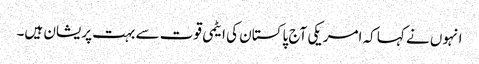
انہوں نے کہا کہ امریکی آج پاکستان کی ایٹمی قوت سے بہت پریشان ہیں۔